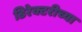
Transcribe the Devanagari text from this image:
डिरेक्टरीच्या